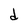
Character: d